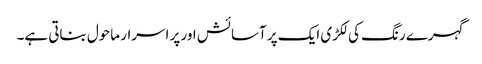
گہرے رنگ کی لکڑی ایک پر آسائش اور پر اسرار ماحول بناتی ہے۔